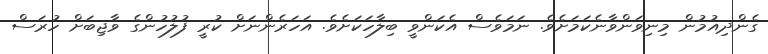
ގެންދިއުމުން މިނިވަންވާނެކަމަށެވެ. ނަމަވެސް އެކަންވީ ބިލާހަކަށެވެ. އަހަރެންނަށް ކުރީ ފުލުހުންގެ ވާޖިބަށް ހުރަސް